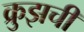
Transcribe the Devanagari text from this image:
क्रुझची